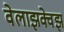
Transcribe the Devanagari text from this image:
वेलाझक्वेझ